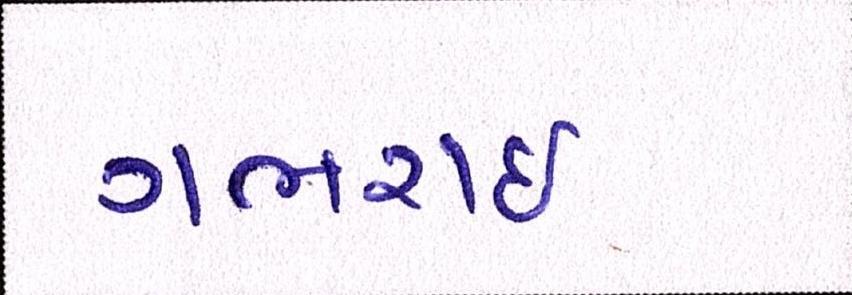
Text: ગભરાઇ